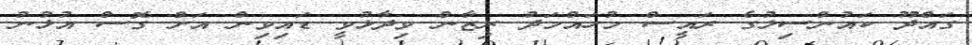
ގައްދޫ ކައުންސިލުގެ ރައީސް މުހައްމަދު ރިޒާން ވިދާޅުވީ ޑައިވިން އަށް ގޮސް އުޅުނު